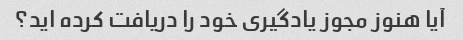
آیا هنوز مجوز یادگیری خود را دریافت کرده اید؟